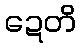
ဍေတိ